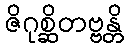
ဇိဂုစ္ဆိတဗ္ဗန္တိ